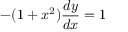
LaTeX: - ( 1 + x ^ { 2 } ) { \frac { d y } { d x } } = 1